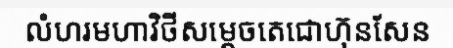
លំហរមហាវិថីសម្តេចតេជោហ៊ុនសែន